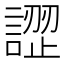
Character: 䜀